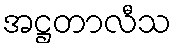
အဋ္ဌတာလီသ